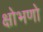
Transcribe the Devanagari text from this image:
क्षोभणो